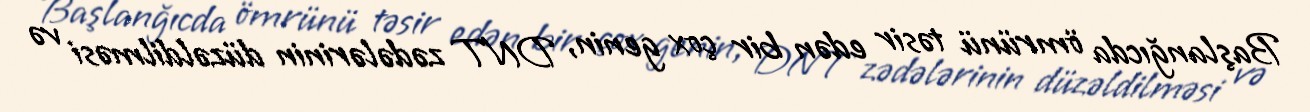
Başlanğıcda ömrünü təsir edən bir çox genin, DNT zədələrinin düzəldilməsi və